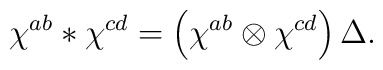
\chi ^{ab}\ast \chi ^{cd}=\left( \chi ^{ab}\otimes \chi ^{cd}\right) \Delta .